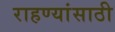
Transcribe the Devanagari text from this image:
राहण्यांसाठी